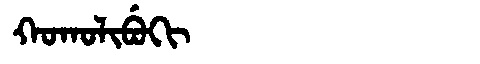
Manchu: ᡴᠣᡴᠣᠯᡳᠪᡠᡴᡳ
Romanization: KOKOLIBUKI